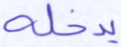
يدخله